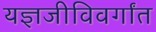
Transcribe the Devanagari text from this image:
यज्ञजीविवर्गांत